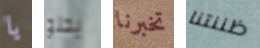
يا يحلو تخبرنا ظننتنا